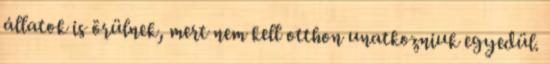
állatok is örülnek, mert nem kell otthon unatkozniuk egyedül.